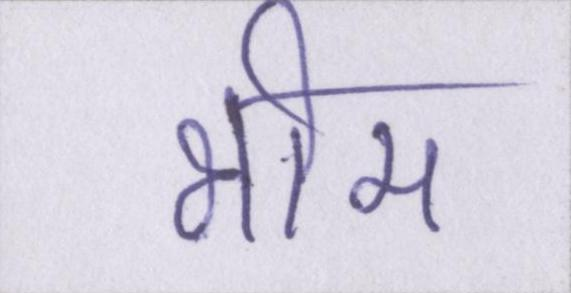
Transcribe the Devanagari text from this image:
भीम